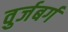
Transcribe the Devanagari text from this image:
वुर्जबर्ग